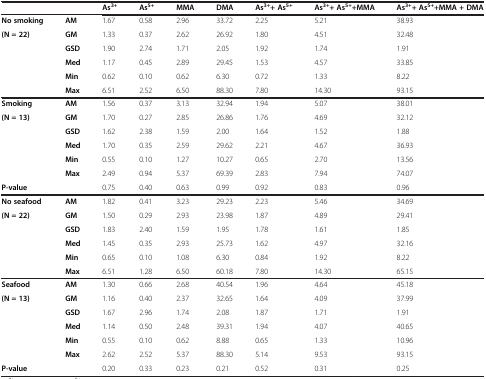
<table><thead><tr><td colspan="2"><b> </b></td><td><b>As<sup>3+</sup></b></td><td><b>As<sup>5+</sup></b></td><td><b>MMA</b></td><td><b>DMA</b></td><td><b>As<sup>3+</sup>+ As<sup>5+</sup></b></td><td><b>As<sup>3+</sup>+ As<sup>5+</sup>+MMA</b></td><td><b>As<sup>3+</sup>+ As<sup>5+</sup>+MMA + DMA</b></td></tr></thead><tbody><tr><td><b>No smoking</b></td><td><b>AM</b></td><td>1.67</td><td>0.58</td><td>2.96</td><td>33.72</td><td>2.25</td><td>5.21</td><td>38.93</td></tr><tr><td rowspan="5"><b>(N = 22)</b></td><td><b>GM</b></td><td>1.33</td><td>0.37</td><td>2.62</td><td>26.92</td><td>1.80</td><td>4.51</td><td>32.48</td></tr><tr><td><b>GSD</b></td><td>1.90</td><td>2.74</td><td>1.71</td><td>2.05</td><td>1.92</td><td>1.74</td><td>1.91</td></tr><tr><td><b>Med</b></td><td>1.17</td><td>0.45</td><td>2.89</td><td>29.45</td><td>1.53</td><td>4.57</td><td>33.85</td></tr><tr><td><b>Min</b></td><td>0.62</td><td>0.10</td><td>0.62</td><td>6.30</td><td>0.72</td><td>1.33</td><td>8.22</td></tr><tr><td><b>Max</b></td><td>6.51</td><td>2.52</td><td>6.50</td><td>88.30</td><td>7.80</td><td>14.30</td><td>93.15</td></tr><tr><td><b>Smoking</b></td><td><b>AM</b></td><td>1.56</td><td>0.37</td><td>3.13</td><td>32.94</td><td>1.94</td><td>5.07</td><td>38.01</td></tr><tr><td rowspan="5"><b>(N = 13)</b></td><td><b>GM</b></td><td>1.70</td><td>0.27</td><td>2.85</td><td>26.86</td><td>1.76</td><td>4.69</td><td>32.12</td></tr><tr><td><b>GSD</b></td><td>1.62</td><td>2.38</td><td>1.59</td><td>2.00</td><td>1.64</td><td>1.52</td><td>1.88</td></tr><tr><td><b>Med</b></td><td>1.70</td><td>0.35</td><td>2.59</td><td>29.62</td><td>2.21</td><td>4.67</td><td>36.93</td></tr><tr><td><b>Min</b></td><td>0.55</td><td>0.10</td><td>1.27</td><td>10.27</td><td>0.65</td><td>2.70</td><td>13.56</td></tr><tr><td><b>Max</b></td><td>2.49</td><td>0.94</td><td>5.37</td><td>69.39</td><td>2.83</td><td>7.94</td><td>74.07</td></tr><tr><td><b>P-value</b></td><td> </td><td>0.75</td><td>0.40</td><td>0.63</td><td>0.99</td><td>0.92</td><td>0.83</td><td>0.96</td></tr><tr><td><b>No seafood</b></td><td><b>AM</b></td><td>1.82</td><td>0.41</td><td>3.23</td><td>29.23</td><td>2.23</td><td>5.46</td><td>34.69</td></tr><tr><td rowspan="5"><b>(N = 22)</b></td><td><b>GM</b></td><td>1.50</td><td>0.29</td><td>2.93</td><td>23.98</td><td>1.87</td><td>4.89</td><td>29.41</td></tr><tr><td><b>GSD</b></td><td>1.83</td><td>2.40</td><td>1.59</td><td>1.95</td><td>1.78</td><td>1.61</td><td>1.85</td></tr><tr><td><b>Med</b></td><td>1.45</td><td>0.35</td><td>2.93</td><td>25.73</td><td>1.62</td><td>4.97</td><td>32.16</td></tr><tr><td><b>Min</b></td><td>0.65</td><td>0.10</td><td>1.08</td><td>6.30</td><td>0.84</td><td>1.92</td><td>8.22</td></tr><tr><td><b>Max</b></td><td>6.51</td><td>1.28</td><td>6.50</td><td>60.18</td><td>7.80</td><td>14.30</td><td>65.15</td></tr><tr><td><b>Seafood</b></td><td><b>AM</b></td><td>1.30</td><td>0.66</td><td>2.68</td><td>40.54</td><td>1.96</td><td>4.64</td><td>45.18</td></tr><tr><td rowspan="5"><b>(N = 13)</b></td><td><b>GM</b></td><td>1.16</td><td>0.40</td><td>2.37</td><td>32.65</td><td>1.64</td><td>4.09</td><td>37.99</td></tr><tr><td><b>GSD</b></td><td>1.67</td><td>2.96</td><td>1.74</td><td>2.08</td><td>1.87</td><td>1.71</td><td>1.91</td></tr><tr><td><b>Med</b></td><td>1.14</td><td>0.50</td><td>2.48</td><td>39.31</td><td>1.94</td><td>4.07</td><td>40.65</td></tr><tr><td><b>Min</b></td><td>0.55</td><td>0.10</td><td>0.62</td><td>8.88</td><td>0.65</td><td>1.33</td><td>10.96</td></tr><tr><td><b>Max</b></td><td>2.62</td><td>2.52</td><td>5.37</td><td>88.30</td><td>5.14</td><td>9.53</td><td>93.15</td></tr><tr><td><b>P-value</b></td><td> </td><td>0.20</td><td>0.33</td><td>0.23</td><td>0.21</td><td>0.52</td><td>0.31</td><td>0.25</td></tr></tbody></table>